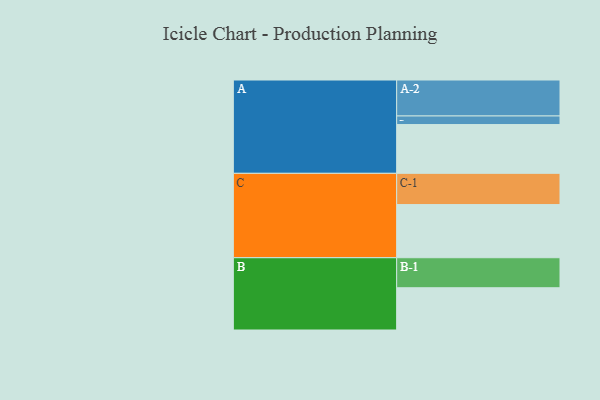
{"axis": {"x": "Segment", "y": "Value"}, "legend": ["", "A", "B", "C"], "data": [{"x": "A", "y": 403, "type": ""}, {"x": "B", "y": 349, "type": ""}, {"x": "C", "y": 439, "type": ""}, {"x": "A-1", "y": 71, "type": "A"}, {"x": "A-2", "y": 297, "type": "A"}, {"x": "B-1", "y": 248, "type": "B"}, {"x": "C-1", "y": 258, "type": "C"}]}